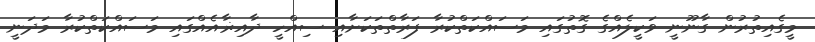
މީގެއިތުރުން ގާނޫނީ ވަކީލެއްގެ ގޮތުގައި މަސައްކަތްކުރާ ފަރާތްތަކަށާއި ސިއްހީ ދާއިޜާއެއްގައި މަސައްކަތްކުރާ މަދަނީ